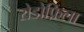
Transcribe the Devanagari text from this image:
रोडोफ़िला